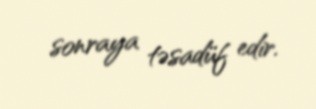
sonraya təsadüf edir.